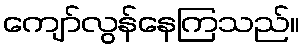
ကျော်လွန်နေကြသည်။